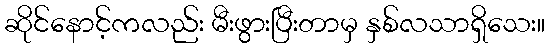
ဆိုင်နောင့်ကလည်း မီးဖွားပြီးတာမှ နှစ်လသာရှိသေး။